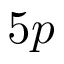
5 p